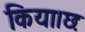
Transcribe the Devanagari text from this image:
किया।छः